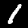
Digit: 1